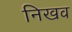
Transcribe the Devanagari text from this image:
निखव